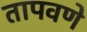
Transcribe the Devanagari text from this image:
तापवणे